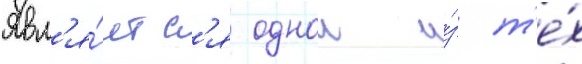
Явл'я́етс'я однои и́з т'е́х